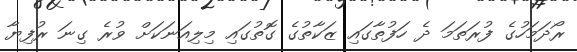
ރޯދަމަހުގެ ފުރަތަމަ ދެ ހަފުތާގައި ޒަކާތުގެ ގޮތުގައި މިލިއަނަކަށް ވުރެ ގިނަ ރުފިޔާ